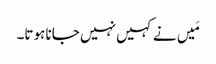
مَیں نے کہیں نہیں جانا ہوتا۔